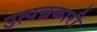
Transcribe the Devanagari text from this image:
उत्पन्नकारी